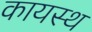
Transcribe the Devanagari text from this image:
कायस्‍थ